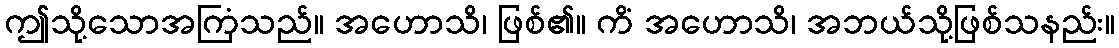
ဤသို့သောအကြံသည်။ အဟောသိ၊ ဖြစ်၏။ ကိံ အဟောသိ၊ အဘယ်သို့ဖြစ်သနည်း။